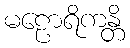
မဠောရိကန္တိ